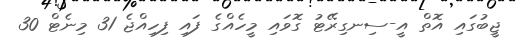
ޖީބުގައި އޮތް އީ-ސިނގިރޭޓު ގޮވައި މީހެއްގެ ފައި ފިހިއްޖެ 31 މިނެޓް 30